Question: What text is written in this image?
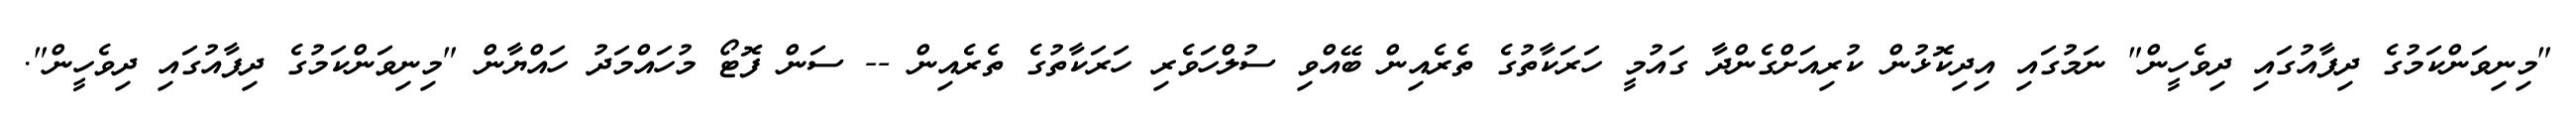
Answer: "މިނިވަންކަމުގެ ދިފާއުގައި ދިވެހީން" ނަމުގައި އިދިކޮޅުން ކުރިއަށްގެންދާ ގައުމީ ހަރަކާތުގެ ތެރެއިން ބޭއްވި ސުލްހަވެރި ހަރަކާތުގެ ތެރެއިން -- ސަން ފޮޓޯ މުހައްމަދު ހައްޔާން "މިނިވަންކަމުގެ ދިފާއުގައި ދިވެހީން".